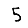
Digit: 5